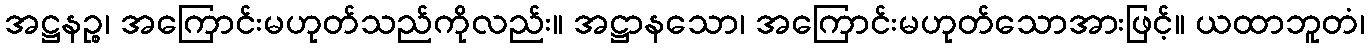
အဋ္ဌနဉ္စ၊ အကြောင်းမဟုတ်သည်ကိုလည်း။ အဋ္ဌာနသော၊ အကြောင်းမဟုတ်သောအားဖြင့်။ ယထာဘူတံ၊